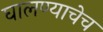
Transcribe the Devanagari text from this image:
घालण्याचेच